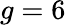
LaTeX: g=6